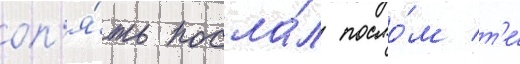
оп'я́ть посла́л посло́м т'е́